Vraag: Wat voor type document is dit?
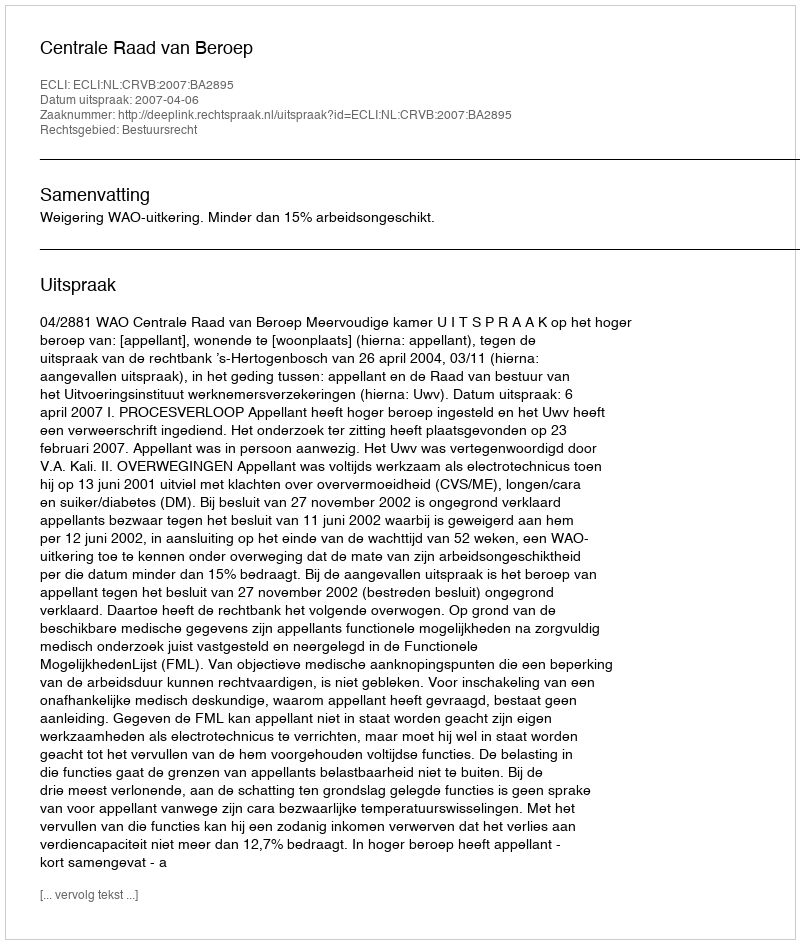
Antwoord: Uitspraak